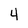
Character: 4